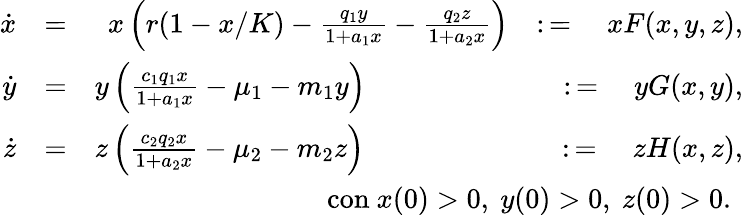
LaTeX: \begin{array}{rlr}{\dot{x}}&{=}&{x\left(r(1-x/K)-\frac{q_{1}y}{1+a_{1}x}-\frac{q_{2}z}{1+a_{2}x}\right)\quad\colon=\quad xF(x,y,z),}\\ {\dot{y}}&{=}&{y\left(\frac{c_{1}q_{1}x}{1+a_{1}x}-\mu_{1}-m_{1}y\right)\quad\quad\quad\quad\quad\quad\quad\colon=\quad yG(x,y),}\\ {\dot{z}}&{=}&{z\left(\frac{c_{2}q_{2}x}{1+a_{2}x}-\mu_{2}-m_{2}z\right)\quad\quad\quad\quad\quad\quad\quad\colon=\quad zH(x,z),}\\ &{}&{\mathrm{con~}x(0)>0\mathrm{,~}y(0)>0\mathrm{,~}z(0)>0\mathrm{.~}}\end{array}